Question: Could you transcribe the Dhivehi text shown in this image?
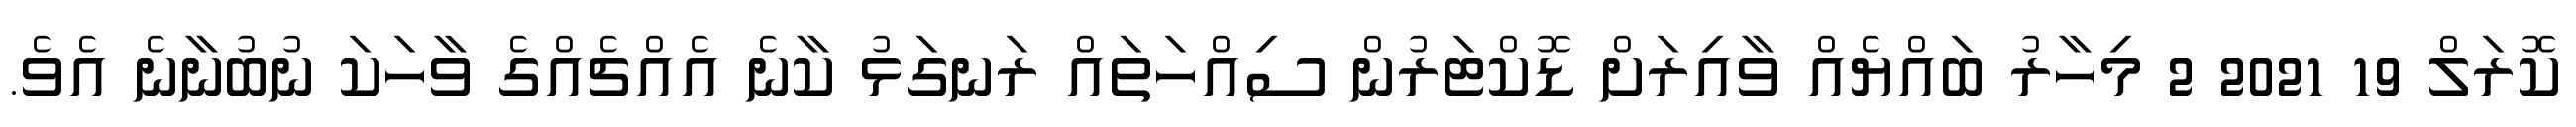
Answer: ކޮރަލް 19 2021 2 މިހާރު ބައްޔެއް ވާއިރަށް ޑޮކްޓަރުން ސިއްހަތައް ރަނގަޅު ކާނެ އެއްޗެއްގެ ވާހަކަ ނުބުނާނެ އެވެ.